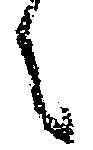
之